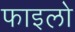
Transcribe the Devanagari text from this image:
फाइलो